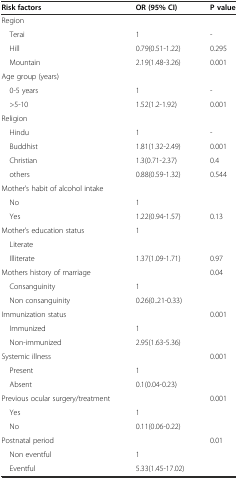
<table><thead><tr><td><b>Risk factors</b></td><td><b>OR (95% CI)</b></td><td><b>P value</b></td></tr></thead><tbody><tr><td>Region</td><td></td><td></td></tr><tr><td> Terai</td><td>1</td><td>-</td></tr><tr><td> Hill</td><td>0.79(0.51-1.22)</td><td>0.295</td></tr><tr><td> Mountain</td><td>2.19(1.48-3.26)</td><td>0.001</td></tr><tr><td>Age group (years)</td><td></td><td></td></tr><tr><td> 0-5 years</td><td>1</td><td>-</td></tr><tr><td> &gt;5-10</td><td>1.52(1.2-1.92)</td><td>0.001</td></tr><tr><td>Religion</td><td></td><td></td></tr><tr><td> Hindu</td><td>1</td><td>-</td></tr><tr><td> Buddhist</td><td>1.81(1.32-2.49)</td><td>0.001</td></tr><tr><td> Christian</td><td>1.3(0.71-2.37)</td><td>0.4</td></tr><tr><td> others</td><td>0.88(0.59-1.32)</td><td>0.544</td></tr><tr><td>Mother’s habit of alcohol intake</td><td></td><td></td></tr><tr><td> No</td><td>1</td><td></td></tr><tr><td> Yes</td><td>1.22(0.94-1.57)</td><td>0.13</td></tr><tr><td>Mother’s education status</td><td>1</td><td></td></tr><tr><td> Literate</td><td></td><td></td></tr><tr><td> Illiterate</td><td>1.37(1.09-1.71)</td><td>0.97</td></tr><tr><td>Mothers history of marriage</td><td></td><td>0.04</td></tr><tr><td> Consanguinity</td><td>1</td><td></td></tr><tr><td> Non consanguinity</td><td>0.26(0..21-0.33)</td><td></td></tr><tr><td>Immunization status</td><td></td><td>0.001</td></tr><tr><td> Immunized</td><td>1</td><td></td></tr><tr><td> Non-immunized</td><td>2.95(1.63-5.36)</td><td></td></tr><tr><td>Systemic illness</td><td></td><td>0.001</td></tr><tr><td> Present</td><td>1</td><td></td></tr><tr><td> Absent</td><td>0.1(0.04-0.23)</td><td></td></tr><tr><td>Previous ocular surgery/treatment</td><td></td><td>0.001</td></tr><tr><td> Yes</td><td>1</td><td></td></tr><tr><td> No</td><td>0.11(0.06-0.22)</td><td></td></tr><tr><td>Postnatal period</td><td></td><td>0.01</td></tr><tr><td> Non eventful</td><td>1</td><td></td></tr><tr><td> Eventful</td><td>5.33(1.45-17.02)</td><td></td></tr></tbody></table>